King Institute of Preventive Medicine Bacteriolog. Section reports 1907-08
Year: 1907
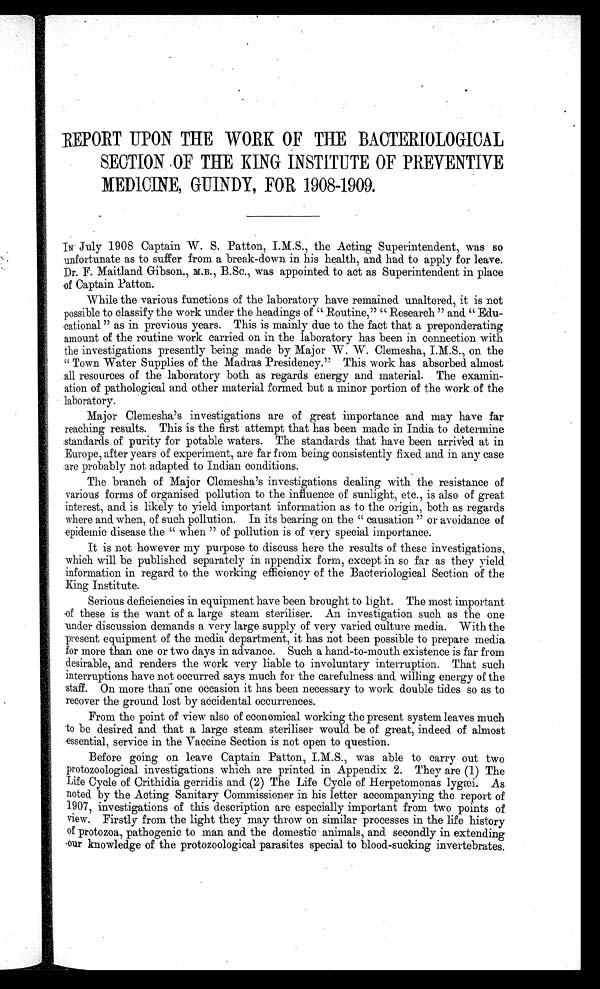
R E P O R T U P O N T H E W O R K O F T H E B A C T E R I O L O G I C A L
SECTION OF THE KING INSTITUTE OF PREVENTIVE
MEDICINE, GUINDY FOR 1908-1909,
IN July 1908 Captain W. S. Patton, I.M.S., the Acting Superintendent, was so
unfortunate as to suffer from a break-down in his health, and had to apply for leave.
Dr. F. Maitland. Gibson., M.B., B.Sc., was appointed to act as Superintendent in place
of Captain Patton.
While the various functions of the laboratory have remained. unaltered, it is not
possible to classify the work under the headings of " Routine," " Research " and "
Edu-cational " as in previous years. This is mainly due to the fact that a preponderating
amount of the routine work carried on in the laboratory has been in connection with
the investigations presently being made by Major W. W. Clemesha, I.M.S., on the
" Town Water Supplies of the Madras Presidency." This work has absorbed almost
all resources of the laboratory both as regards energy and material. The examin
-ation of pathological and other material formed. but a minor portion of the work of the
laboratory.
Major Clemesha's investigations are of great importance and may have far
reaching results. This is the first attempt that has been made in India to determine
:standards of purity for potable waters. The standards that have been arrived at in
Europe, after years of experiment, are far from being consistently fixed and in any case
:are probably not adapted to Indian conditions.
The branch of Major Clemesha's investigations dealing with the resistance of
various forms of organised pollution to the influence of sunlight, etc., is also of great
interest, and is likely to yield important information as to the origin, both as regards
where and when, of such pollution. In its bearing on the " causation " or avoidance of
epidemic disease the " when " of pollution is of very special importance.
It is not however my purpose to discuss here the results of these investigations,
which will be published separately in appendix form, except in so far as they yield
information in regard to the working efficiency of the Bacteriological Section of the
King Institute.
Serious deficiencies in equipment have been brought to light. The most important
of these is the want of a large steam steriliser. An investigation such as the one
under discussion demands a very large supply of very varied culture media. With the
present equipment of the media department, it has not been possible to prepare media
for more than one or two days in advance. Such a hand-to-mouth existence is far from
desirable, and renders the work very liable to involuntary interruption. That such
interruptions have not occurred says much for the carefulness and willing energy of the
'staff. On more than one occasion it has been necessary to work double tides so as to
recover the ground lost by accidental occurrences.
From the point of view also of economical working the present system leaves much
to be desired and that a large steam steriliser would be of great, indeed of almost
essential, service in the Vaccine Section is not open to question.
Before going on leave Captain Patton, I.M.S. was able to carry out two
protozoological investigations which are printed in
I.M.S.,
2. They are (1) The
Life Cycle of Crithidia gerridis and (2) The Life Cycle of Herpetomonas lygæi. As
noted by the Acting Sanitary Commissioner in his letter accompanying the report of
1907, investigations of this description are especially important from two points of
view. Firstly from the light they may throw on similar processes in the life history
of protozoa, pathogenic to man and the domestic animals, and secondly in extending
our knowledge of the protozoological parasites special to blood-sucking invertebrates.